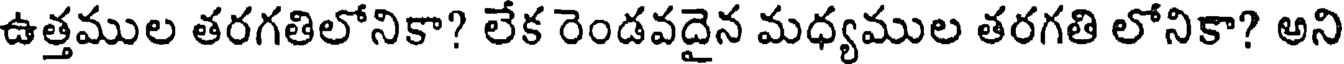
ఉత్తముల తరగతిలోనికా? లేక రెండవదైన మధ్యముల తరగతి లోనికా? అని